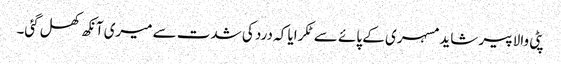
پٹی والا پیر شاید مسہری کے پائے سے ٹکرایا کہ درد کی شدت سے میری آنکھ کھل گئی۔